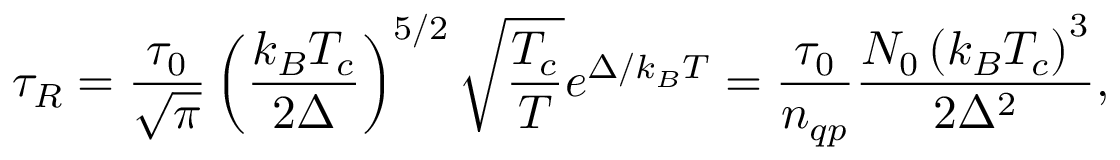
\tau _ { R } = \frac { \tau _ { 0 } } { \sqrt { \pi } } \left( \frac { k _ { B } T _ { c } } { 2 \Delta } \right) ^ { 5 / 2 } \sqrt { \frac { T _ { c } } { T } } e ^ { \Delta / k _ { B } T } = \frac { \tau _ { 0 } } { n _ { q p } } \frac { N _ { 0 } \left( k _ { B } T _ { c } \right) ^ { 3 } } { 2 \Delta ^ { 2 } } ,